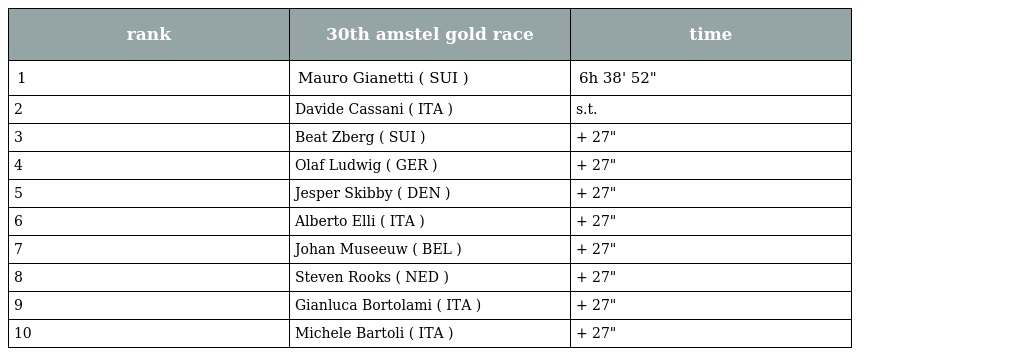
| rank | 30th amstel gold race | time |
 | --- | --- | --- |
 | 1 | Mauro Gianetti ( SUI ) | 6h 38' 52" |
 | 2 | Davide Cassani ( ITA ) | s.t. |
 | 3 | Beat Zberg ( SUI ) | + 27" |
 | 4 | Olaf Ludwig ( GER ) | + 27" |
 | 5 | Jesper Skibby ( DEN ) | + 27" |
 | 6 | Alberto Elli ( ITA ) | + 27" |
 | 7 | Johan Museeuw ( BEL ) | + 27" |
 | 8 | Steven Rooks ( NED ) | + 27" |
 | 9 | Gianluca Bortolami ( ITA ) | + 27" |
 | 10 | Michele Bartoli ( ITA ) | + 27" |